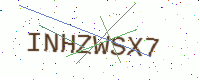
Text: INHZWSX7